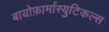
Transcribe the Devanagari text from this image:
बायोफ़ार्मास्युटिकल्स